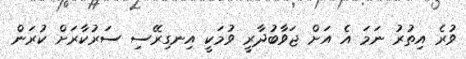
ވުރެ އިތުރު ނަމަ އެ އަށް ޖަވާބުދާރީ ވުމަކީ އިނގިރޭސި ސަރުކާރަށް ކުރަން